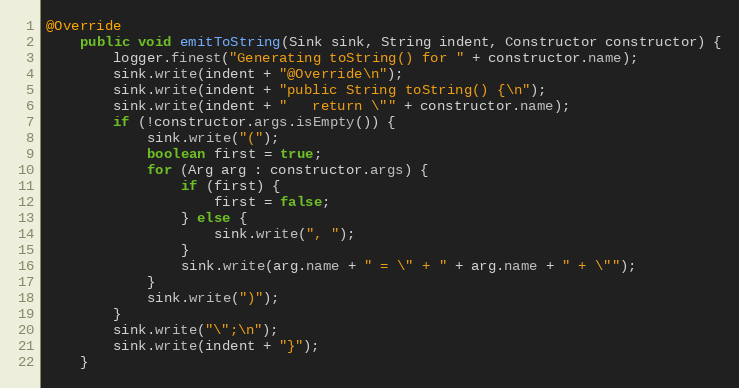
Language: Java
@Override
    public void emitToString(Sink sink, String indent, Constructor constructor) {
    	logger.finest("Generating toString() for " + constructor.name);
        sink.write(indent + "@Override\n");
        sink.write(indent + "public String toString() {\n");
        sink.write(indent + "   return \"" + constructor.name);
        if (!constructor.args.isEmpty()) {
            sink.write("(");
            boolean first = true;
            for (Arg arg : constructor.args) {
                if (first) {
                    first = false;
                } else {
                    sink.write(", ");
                }
                sink.write(arg.name + " = \" + " + arg.name + " + \"");
            }
            sink.write(")");
        }
        sink.write("\";\n");
        sink.write(indent + "}");
    }